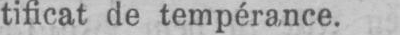
tificat de tempérance.